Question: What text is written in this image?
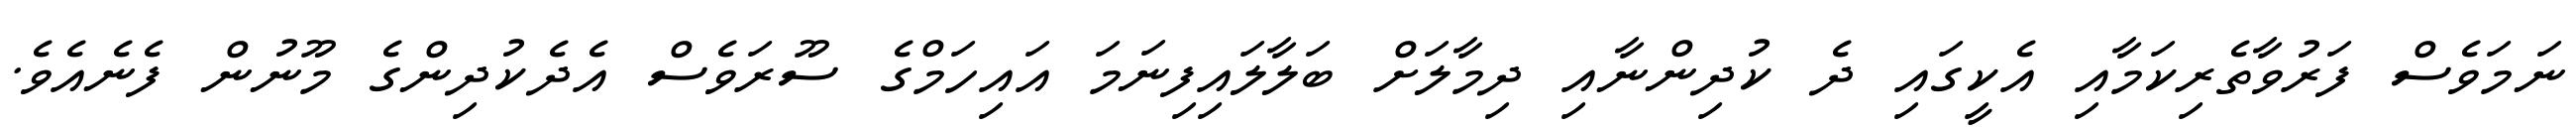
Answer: ނަމަވެސް ފަރުވާތެރިކަމާއި އެކީގައި ދެ ކުދިންނާއި ދިމާލަށް ބަލާލައިފިނަމަ އައިހަމްގެ ސޫރަވެސް އެދެކުދިންގެ މޫނުން ފެނެއެވެ.